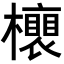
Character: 𣟎